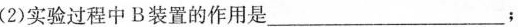
(2)实验过程中B装置的作用是___；